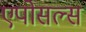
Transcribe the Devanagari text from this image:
एपोसल्स